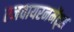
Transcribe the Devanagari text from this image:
एनवायरनमेंट्स